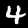
Label: 4